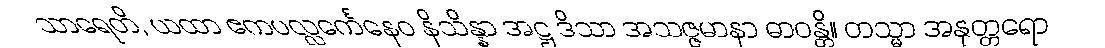
သာရေတိ, ယထာ ဧကပလ္လင်္ကေနေဝ နိသိန္နာ အဋ္ဌ ဒိသာ အသဇ္ဇမာနာ ဓာဝန္တိ။ တသ္မာ အနုတ္တရော